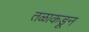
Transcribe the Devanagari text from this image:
तळाकडून